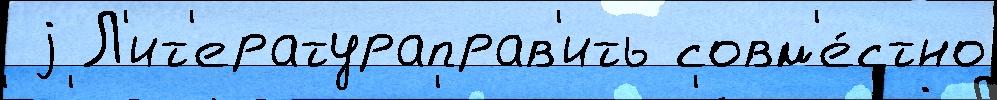
 j Л'ит'ератураправ'ить совм'е́стно